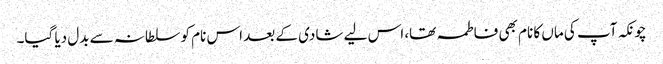
چونکہ آپ کی ماں کا نام بھی فاطمہ تھا، اس لیے شادی کے بعد اس نام کو سلطانہ سے بدل دیا گیا۔